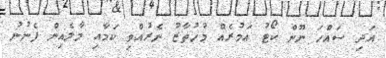
އަދި ސައްހަ ނޫން ކޯޓު އަމުރެއް މުހުތާޒު ނެރުއްވި ކަމާއި މާލެއިން ފެނުނު